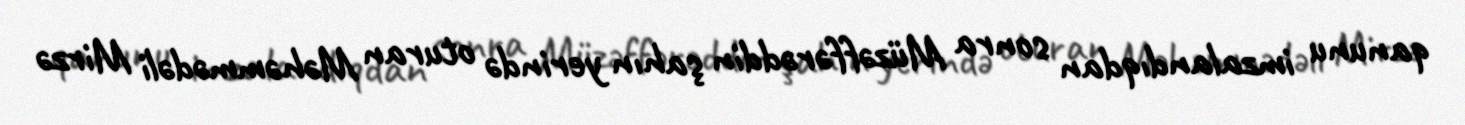
qanunu imzalandıqdan sonra Müzəffərəddin şahın yerində oturan Məhəmmədəli Mirzə